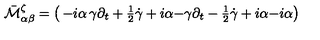
\bar { \cal M } _ { \alpha \beta } ^ { \zeta } = \left( \begin{matrix} { - i \alpha } & { \gamma \partial _ { t } + { \textstyle { \frac { 1 } { 2 } } } \dot { \gamma } + i \alpha } \\ { - \gamma \partial _ { t } - { \textstyle { \frac { 1 } { 2 } } } \dot { \gamma } + i \alpha } & { - i \alpha } \\ \end{matrix} \right)